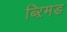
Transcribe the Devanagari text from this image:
ब्ऱिमड